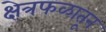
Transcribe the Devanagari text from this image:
क्षेत्रफळातून